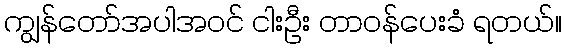
ကျွန်တော်အပါအဝင် ငါးဦး တာဝန်ပေးခံ ရတယ်။